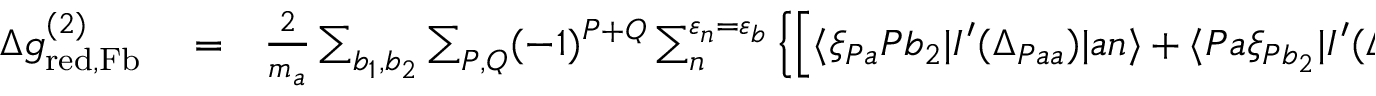
\begin{array} { r l r } { \Delta g _ { \mathrm { r e d , F b } } ^ { ( 2 ) } } & { { } = } & { \frac { 2 } { m _ { a } } \sum _ { b _ { 1 } , b _ { 2 } } \sum _ { P , Q } ( - 1 ) ^ { P + Q } \sum _ { n } ^ { \varepsilon _ { n } = \varepsilon _ { b } } \left\{ \left[ \langle \xi _ { P a } P b _ { 2 } | I ^ { \prime } ( \Delta _ { P a a } ) | a n \rangle + \langle P a \xi _ { P b _ { 2 } } | I ^ { \prime } ( \Delta _ { P a a } ) | a n \rangle \right. \right. } \end{array}